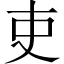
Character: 吏